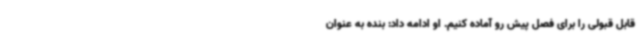
قابل قبولی را برای فصل پیش رو آماده کنیم. او ادامه داد: بنده به عنوان